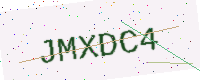
Text: JMXDC4